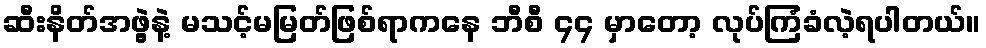
ဆီးနိတ်အဖွဲ့နဲ့ မသင့်မမြတ်ဖြစ်ရာကနေ ဘီစီ ၄၄ မှာတော့ လုပ်ကြံခံလဲ့ရပါတယ်။